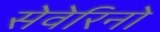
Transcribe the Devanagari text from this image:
सेवेरिनो